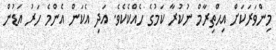
މިންވަރަކަށް އިޙްތިރާމް ނުކުރާ ކަމުގެ ހެއްކެކެވެ. އަދި އެކަން އެންމެ ހަރު އަޑުން